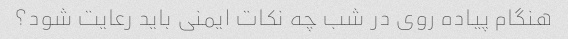
هنگام پیاده روی در شب چه نکات ایمنی باید رعایت شود؟